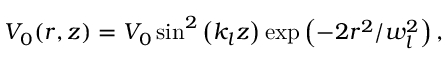
V _ { 0 } ( r , z ) = V _ { 0 } \sin ^ { 2 } \left( k _ { l } z \right) \exp \left( - 2 r ^ { 2 } / w _ { l } ^ { 2 } \right) ,